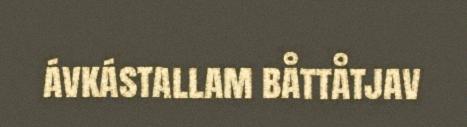
ávkástallam båttåtjav